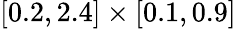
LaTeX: [0.2,2.4]\times[0.1,0.9]